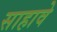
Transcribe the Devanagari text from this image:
साहावे